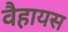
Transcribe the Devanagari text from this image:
वैहायस